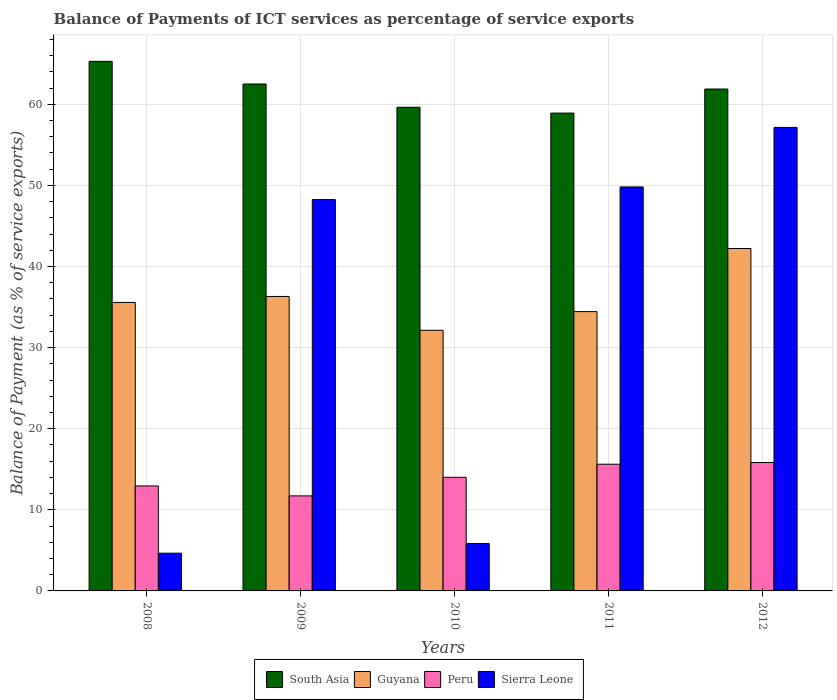
| Years | South Asia | Guyana | Peru | Sierra Leone |
 | --- | --- | --- | --- | --- |
 | 2008 | 65.3 | 35.6 | 12.9 | 4.65 |
 | 2009 | 62.5 | 36.3 | 11.7 | 48.3 |
 | 2010 | 59.6 | 32.1 | 14 | 5.84 |
 | 2011 | 58.9 | 34.4 | 15.6 | 49.8 |
 | 2012 | 61.9 | 42.2 | 15.8 | 57.2 |